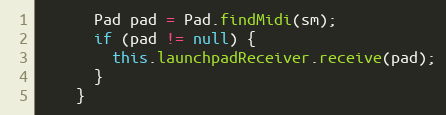
Language: Java
      Pad pad = Pad.findMidi(sm);
      if (pad != null) {
        this.launchpadReceiver.receive(pad);
      }
    }